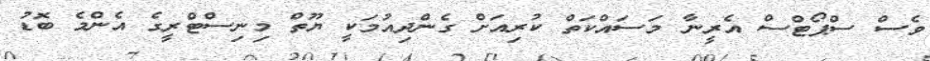
ވެސް ސްޕޯޓްސް އެރީނާ މަސައްކަތް ކުރިއަށް ގެންދިއުމަކީ ޔޫތް މިނިސްޓްރީގެ އެންމެ ބޮޑު